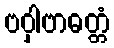
ဗဝှါဗာဓတ္တံ